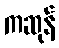
ကဆုန်